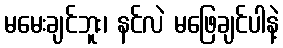
မမေးချင်ဘူး၊ နင်လဲ မဖြေချင်ပါနဲ့